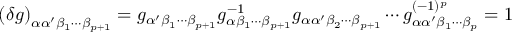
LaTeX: \left( \delta g \right) _ { \alpha \alpha ^ { \prime } \beta _ { 1 } \cdots \beta _ { p + 1 } } = g _ { \alpha ^ { \prime } \beta _ { 1 } \cdots \beta _ { p + 1 } } g _ { \alpha \beta _ { 1 } \cdots \beta _ { p + 1 } } ^ { - 1 } g _ { \alpha \alpha ^ { \prime } \beta _ { 2 } \cdots \beta _ { p + 1 } } \cdots g _ { \alpha \alpha ^ { \prime } \beta _ { 1 } \cdots \beta _ { p } } ^ { ( - 1 ) ^ { p } } = 1